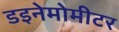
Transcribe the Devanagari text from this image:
डइनेमोमीटर